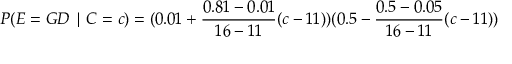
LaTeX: P ( E = G D \mid C = c ) = ( 0 . 0 1 + { \frac { 0 . 8 1 - 0 . 0 1 } { 1 6 - 1 1 } } ( c - 1 1 ) ) ( 0 . 5 - { \frac { 0 . 5 - 0 . 0 5 } { 1 6 - 1 1 } } ( c - 1 1 ) )